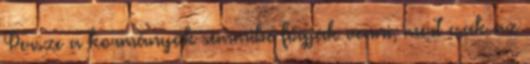
Persze a kormányok semmibe fogják venni, mert csak az